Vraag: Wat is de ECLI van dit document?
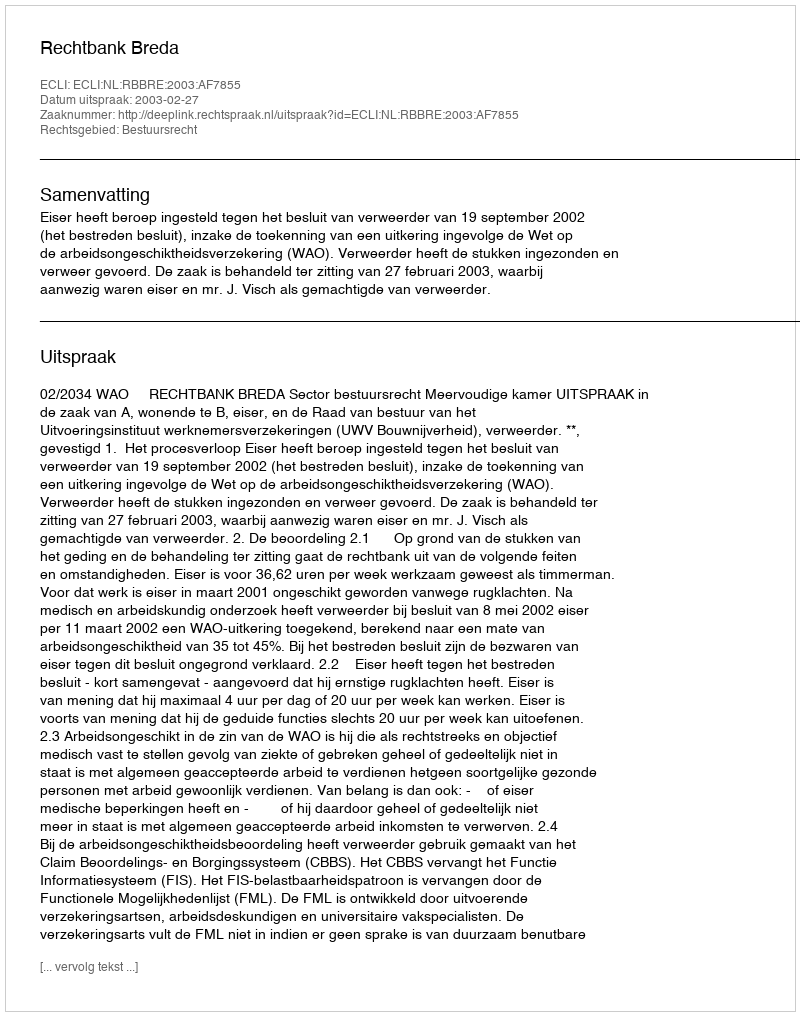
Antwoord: ECLI:NL:RBBRE:2003:AF7855